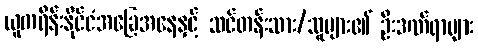
ယူကရိန်းနိုင်ငံအခြေအနေနှင့် သင်တန်းသား/သူများ၏ ဦးဒဏ်ရာများ